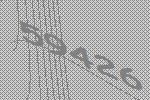
59426